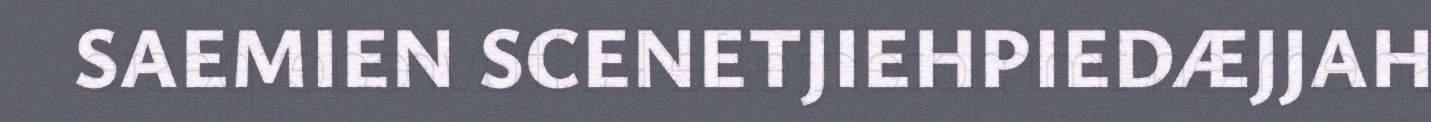
SAEMIEN SCENETJIEHPIEDÆJJAH